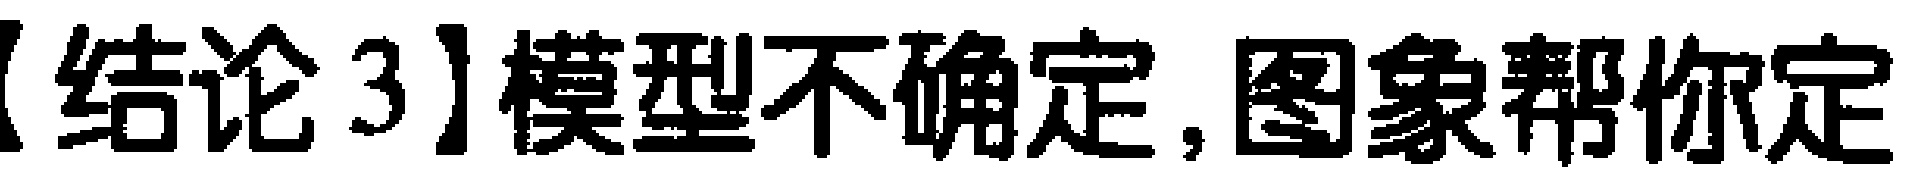
【结论3】模型不确定,图象帮你定